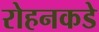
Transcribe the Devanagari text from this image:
रोहनकडे